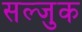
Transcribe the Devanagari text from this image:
सल्जुक